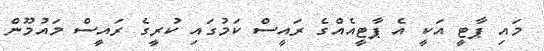
މައި ޕާޓީ އަކީ އެ ޕާޓީއެއްގެ ރައީސް ކަމުގައި ކުރީގެ ރައީސް މައުމޫން